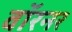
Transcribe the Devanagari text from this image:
वॉरनर